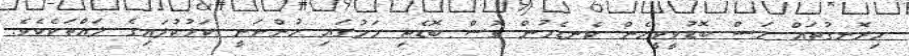
މިރޮނގުތައް މަސް ބޮޑުވީވީހެން ކެނޑެމުން ގޮސް ބޮޑެތި މަހުގައި ހުންނަނީ ކަޅުކުލައިގެ ލައްތަކެކެވެ.